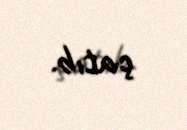
çatıb.